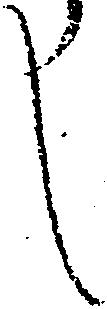
し